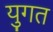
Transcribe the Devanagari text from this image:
युगत